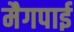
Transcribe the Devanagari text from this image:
मैगपाई